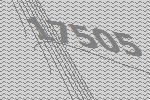
17505